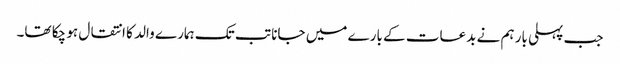
جب پہلی بار ہم نے بدعات کے بارے میں جانا تب تک ہمارے والد کا انتقال ہو چکا تھا۔